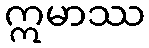
ဣမာဿ